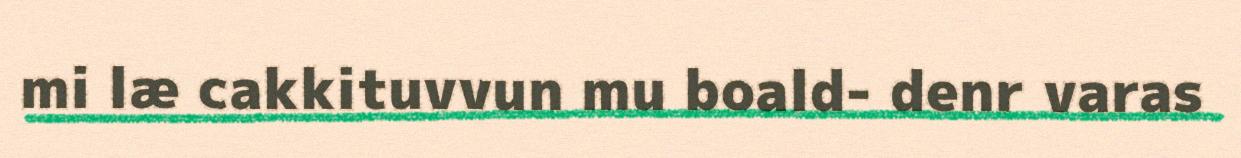
mi læ cakkituvvun mu boald- denr varas